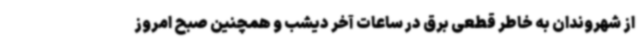
از شهروندان به خاطر قطعی برق در ساعات آخر دیشب و همچنین صبح امروز